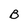
Character: B